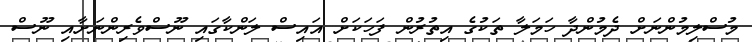
މުސްލިމުންނަށް ދެމުންދާ ހަމަލާ ތަކުގެ އިތުރުން ފަހަކަށް އައިސް ލަންކާގައި ނޫސްވެރިންނަށާއި ނޫސް